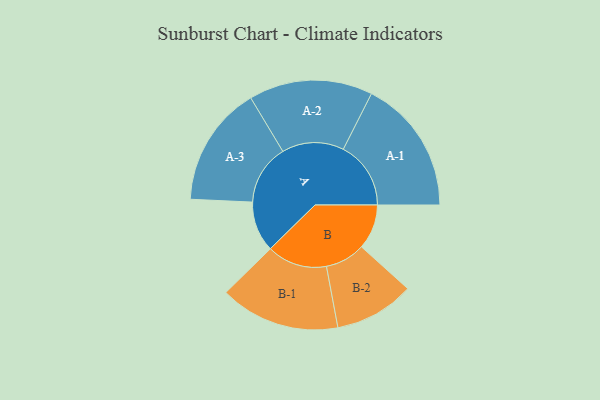
{"axis": {"x": "Segment", "y": "Value"}, "legend": ["", "A", "B"], "data": [{"x": "A", "y": 223, "type": ""}, {"x": "B", "y": 199, "type": ""}, {"x": "A-1", "y": 299, "type": "A"}, {"x": "A-2", "y": 274, "type": "A"}, {"x": "A-3", "y": 267, "type": "A"}, {"x": "B-1", "y": 266, "type": "B"}, {"x": "B-2", "y": 177, "type": "B"}]}